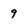
Character: 9